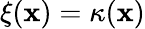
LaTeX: \xi(\mathbf{x})=\kappa(\mathbf{x})